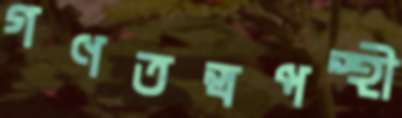
গণতন্ত্রপন্থী